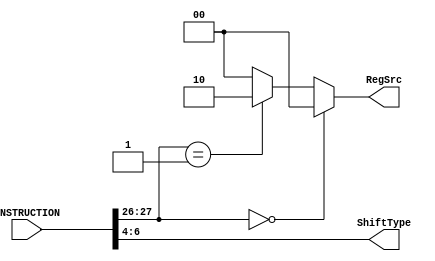
module multicycle_controller_instruction_decoder (
	INSTRUCTION, 
	RegSrc, 
	ShiftType, 
);  
	
	input [31:0]INSTRUCTION; 
	output reg [1:0]RegSrc; 
	output [2:0]ShiftType;  
	
	wire [1:0]op; 
	wire [3:0]cmd; 
	wire [3:0]shift_type_instruction; 
	
	assign op = INSTRUCTION[27:26]; 
	assign cmd = INSTRUCTION[24:21]; 
	
	
	assign ShiftType = INSTRUCTION[6:4];  
	
	always @(*) begin // when the INSTRUCTION changes in the decode stage
		if (op == 00) begin // data processing instructions  
			RegSrc <= 2'b00; 
		end 	
		else if (op == 01) begin // memory instructions 
			RegSrc <= 2'b10; 
		end 
		else if (op == 10) begin // branch instructions 
			RegSrc <= 2'b01; 
		end 
		else begin //invalid
			RegSrc <= 2'b00;
		end 
		
	end 

endmodule